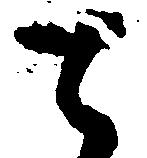
て